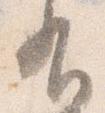
有